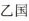
乙国